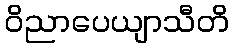
ဝိညာပေယျာသီတိ